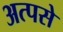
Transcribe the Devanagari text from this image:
अत्पसे